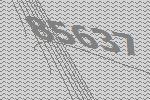
85637